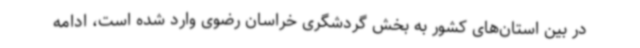
در بین استان‌های کشور به بخش گردشگری خراسان رضوی وارد شده است، ادامه